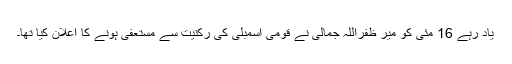
یاد رہے 16 مئی کو میر ظفراللہ جمالی نے قومی اسمبلی کی رکنیت سے مستعفی ہونے کا اعلان کیا تھا۔